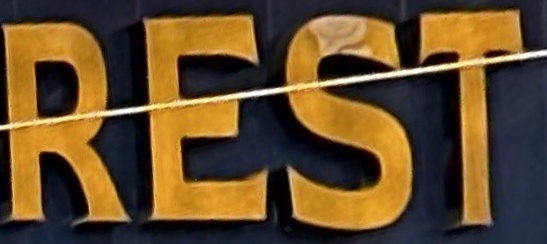
REST